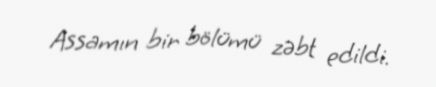
Assamın bir bölümü zəbt edildi.